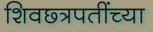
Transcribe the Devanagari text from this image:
शिवछ्त्रपतींच्या